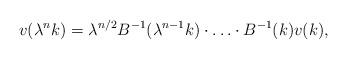
LaTeX: \begin{align*}v(\lambda^{n}k)=\lambda^{n/2}B^{-1}(\lambda^{n-1}k)\cdot\ldots\cdot B^{-1}(k)v(k),\end{align*}